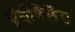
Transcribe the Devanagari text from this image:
एंबीवैलेंस